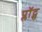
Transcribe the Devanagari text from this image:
प्लॉट्स